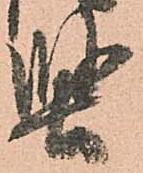
堅